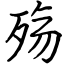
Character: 殇